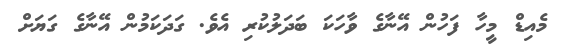
މެއިޑް މީހާ ފަހުން އޭނާގެ ވާހަކަ ބަދަލުކުރި އެވެ. ގަދަކަމުން އޭނާގެ ގަޔަށް